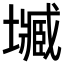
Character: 𡒤